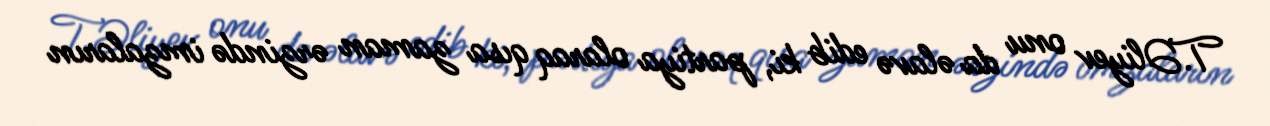
T.Əliyev onu da əlavə edib ki, partiya olaraq qısa zaman ərzində imzaların